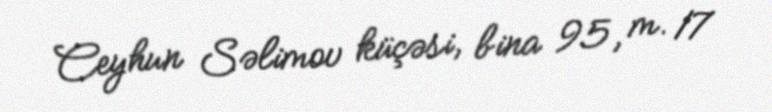
Ceyhun Səlimov küçəsi, bina 95, m. 17